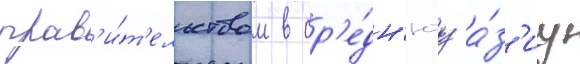
прав'и́т'ельством в ср'е́дн'юу а́з'иу